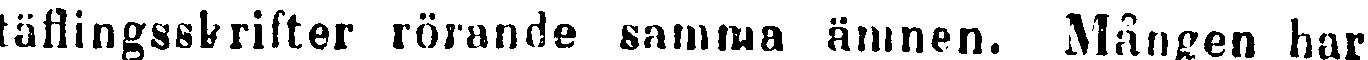
täflingsskrifter rörande samma ämnen. Mången har